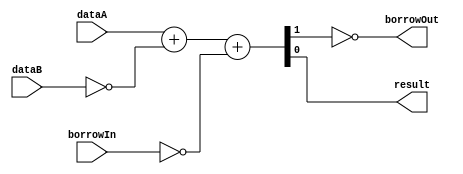
/******************************************************************************
 ** Logisim-evolution goes FPGA automatic generated Verilog code             **
 ** https://github.com/logisim-evolution/                                    **
 **                                                                          **
 ** Component : Subtractor                                                   **
 **                                                                          **
 *****************************************************************************/

module Subtractor( borrowIn,
                   borrowOut,
                   dataA,
                   dataB,
                   result );

   /*******************************************************************************
   ** Here all module parameters are defined with a dummy value                  **
   *******************************************************************************/
   parameter extendedBits = 1;
   parameter nrOfBits = 1;

   /*******************************************************************************
   ** The inputs are defined here                                                **
   *******************************************************************************/
   input                borrowIn;
   input [nrOfBits-1:0] dataA;
   input [nrOfBits-1:0] dataB;

   /*******************************************************************************
   ** The outputs are defined here                                               **
   *******************************************************************************/
   output                borrowOut;
   output [nrOfBits-1:0] result;

   /*******************************************************************************
   ** The wires are defined here                                                 **
   *******************************************************************************/
   wire                    s_carry;
   wire [extendedBits-1:0] s_extendeddataA;
   wire [extendedBits-1:0] s_extendeddataB;
   wire [extendedBits-1:0] s_sumresult;

   /*******************************************************************************
   ** The module functionality is described here                                 **
   *******************************************************************************/
   
   // broken, returns incorrect result
   // assign {s_carry, result} = dataA + ~(dataB) + ~borrowIn;

   // fixed
   assign {s_carry, result} = dataA + ~(dataB) + {{nrOfBits-1{1'b0}}, ~borrowIn};
   assign borrowOut        = ~s_carry;


   // assign s_sumresult = dataA + ~dataB;
   // assign result = s_sumresult[nrOfBits-1:0];
   // assign borrowOut = ~s_sumresult[extendedBits-1];

endmodule